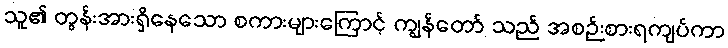
သူ၏ တွန်းအားရှိနေသော စကားများကြောင့် ကျွန်တော် သည် အစဉ်းစားရကျပ်ကာ